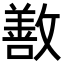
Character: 敾